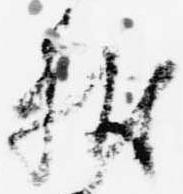
献